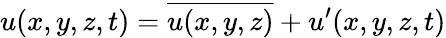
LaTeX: u(x,y,z,t)={\overline{{u(x,y,z)}}}+u^{\prime}(x,y,z,t)